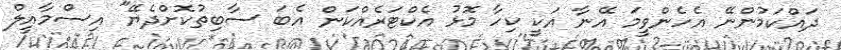
ދައްކަމުންނޭ އެހެންވީމަ އޭނާ އަކީ ކިހާ މޮޅު އެކްޓަރެއްކަން އެބަ ސާބިތުކޮށްދެޔޭ" އިސްމާއީލް